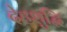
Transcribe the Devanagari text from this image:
देहशुद्धि